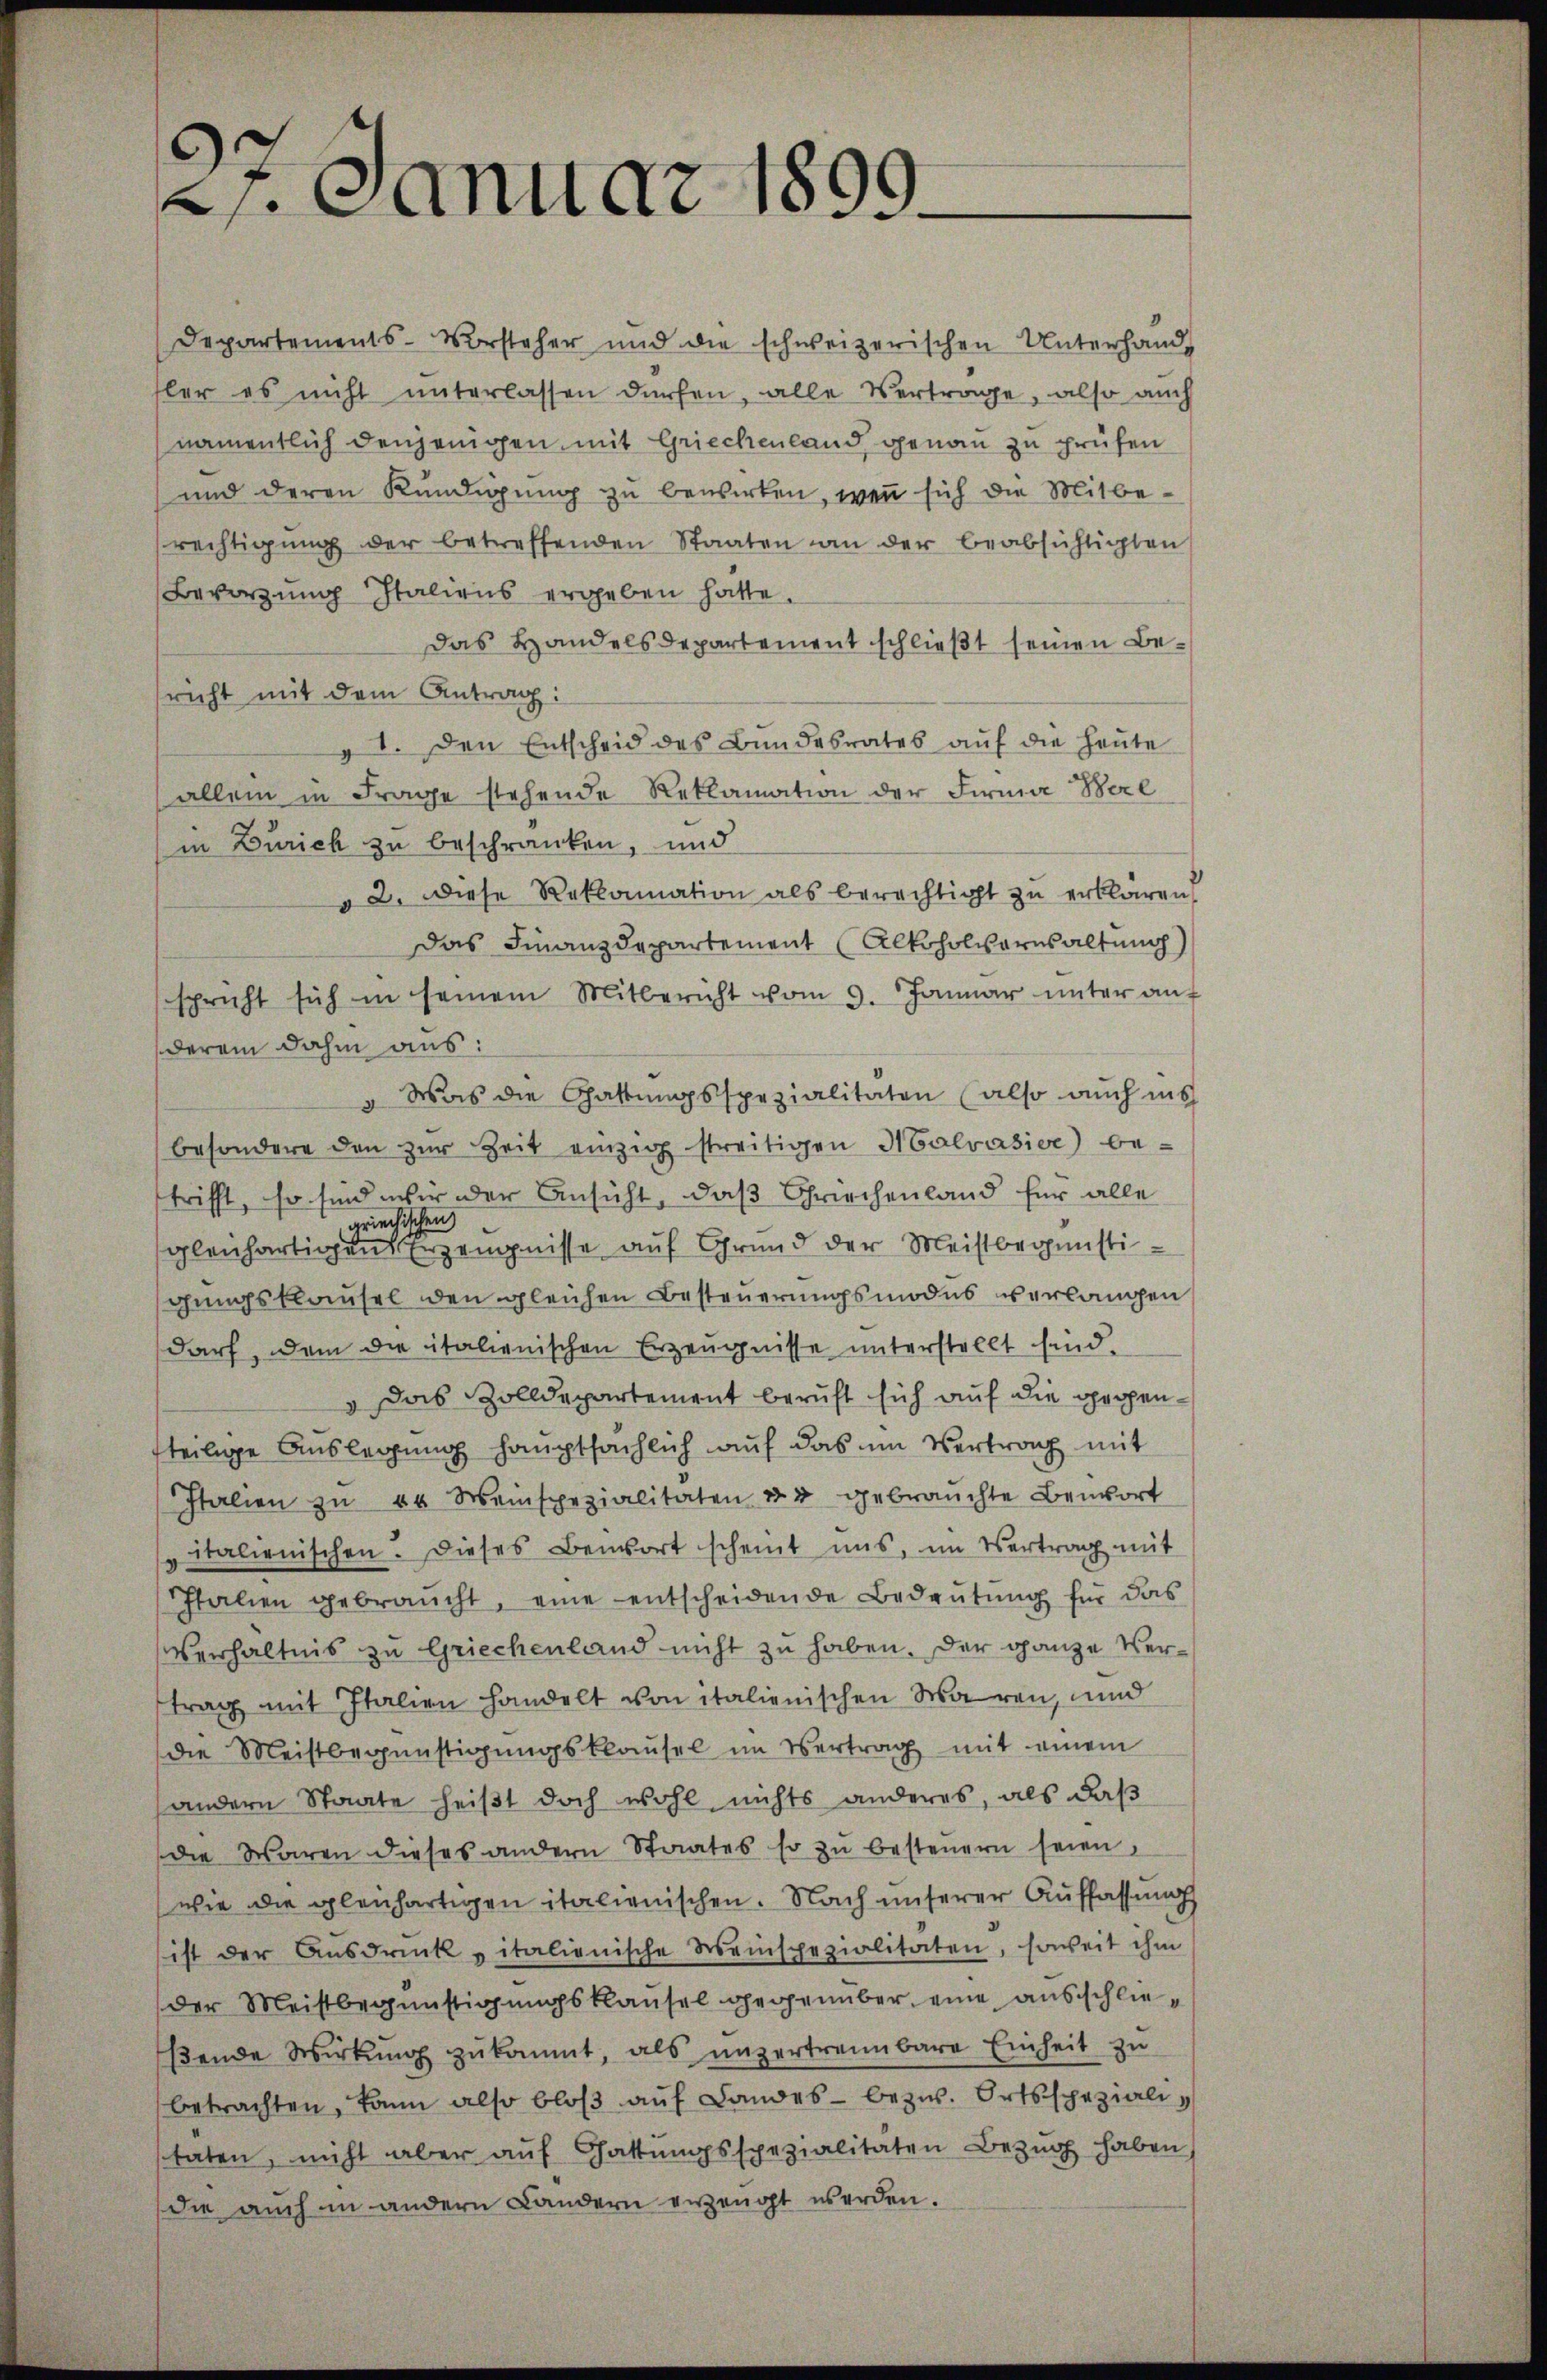
2. Januar 1899.

Departements-Vorsteher und die schweizerischen Unterhandfler es nicht ŭnterlassen dürfen, alle Vertrage, also auch
namentlich denjenigen mit Griechenland, genau zu prüfen
und deren Kündigung zu bewirken, wenn sich die Mitberechtigŭng der betreffenden Staaten an der beabsichtigten
Bevorzung Italiens ergeben hatte.
Das Handelsdepartement schließt seinen Besricht mit dem Antrag:
1. Den Entscheid des Bundesrates aŭf die heŭte
allein in Frage stehende Reklamation der Firma Bere
in Zürich zu beschränken, und
" 2. Diese Reklamation als berechtigt zŭ erklären,
Das Finanzdepartement Alkoholversaltung)
spricht sich in seinem Mitbericht vom 9. Januar ŭnter aŭf
derem dahin aus:
v Was die Gattungsspezialitäten (also auch ins
besondere den zŭr Zeit einzig streitigen Malvasioe) be-
trifft, so sind wir der Ansicht, daß Griechenland für alle
griechischen
gleichartigen Erzeugnisse auf Grund der Meistbegünstigungsklausel den gleichen Besteuerungsmodus verlangen
darf, dem die italienischen Erzeugnisse unterstellt sind.
" Das Zolldepartement beruft sich auf die gegenfteilige Auslegung hauptsächlich auf das im Vertrag mit
Italien zŭ 00 Weinspezialitäten zu gebrauchte Benort
pitalienischen. Dieses Bensort scheint uns, im Vertrag mit
Italien gebraucht, eine entscheidende Bedeŭtŭng für das
Verhältnis zu Griechenland nicht zu haben. Der ganze Vertrag mit Italien handelt von italienischen Waren, und
die Meistbegünstigŭngsklausel im Vertrag mit einem
andern Staate heißt doch wohl nichts anderes, als daß
die Waren dieses andern Staates so zŭ besteŭern seien.
wie die gleichartigen italienischen. Nach unserer Auffassung
ist der Aŭsdruck vitalienische Weinspezialitäten, soweit ihm
der Meistbegünstigungsklausel gegenüber eine ausschließende Wirkung zukommt, als unzertrennbare Einheit zu
betrachten, kann also bloβ aŭf Landes- bezw. Ortsspezialitaten, nicht aber aŭf Gattŭngsspezialitäten Bezug haben,
die auch in andern Landern erzeugt werden.